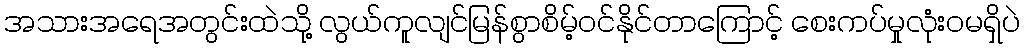
အသားအရေအတွင်းထဲသို့ လွယ်ကူလျင်မြန်စွာစိမ့်ဝင်နိုင်တာကြောင့် စေးကပ်မှုလုံးဝမရှိပဲ